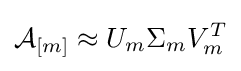
{\mathcal {A}}_{[m]}\approx U_{m}\Sigma _{m}V_{m}^{T}